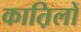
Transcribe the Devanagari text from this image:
कात़िलों